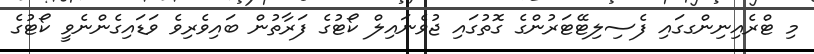
މި ޓްރެއިނިންގގައި ފެސިލިޓޭޓަރުންގެ ގޮތުގައި ޖުވެނައިލް ކޯޓުގެ ފަރާތުން ބައިވެރިވެ ވަޑައިގެންނެވީ ކޯޓުގެ